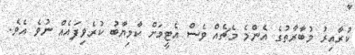
ކުރާއިރު މުބާރާތުގެ އެންމެ މެޗެއް ވެސް އެޓީމަށް ކާމިޔާބު ކުރެވިފައެއް ނުވެ އެވެ.